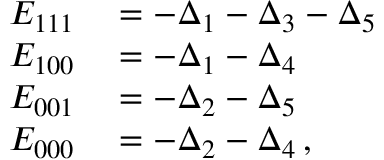
\begin{array} { r l } { E _ { 1 1 1 } } & { { } = - \Delta _ { 1 } - \Delta _ { 3 } - \Delta _ { 5 } } \\ { E _ { 1 0 0 } } & { { } = - \Delta _ { 1 } - \Delta _ { 4 } } \\ { E _ { 0 0 1 } } & { { } = - \Delta _ { 2 } - \Delta _ { 5 } } \\ { E _ { 0 0 0 } } & { { } = - \Delta _ { 2 } - \Delta _ { 4 } \, , } \end{array}